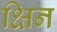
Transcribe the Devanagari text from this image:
क्षिन